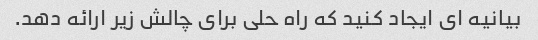
بیانیه ای ایجاد کنید که راه حلی برای چالش زیر ارائه دهد.